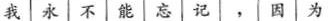
我永不能忘记。因为